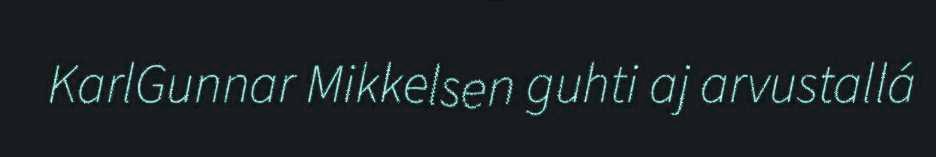
KarlGunnar Mikkelsen guhti aj arvustallá